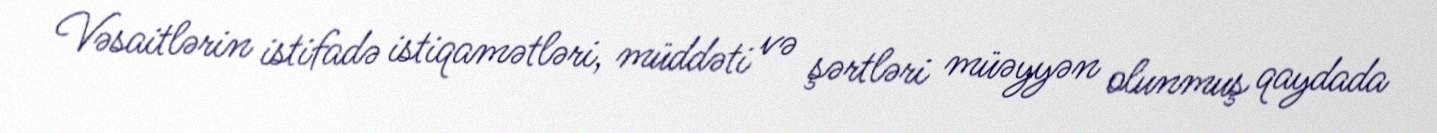
Vəsaitlərin istifadə istiqamətləri, müddəti və şərtləri müəyyən olunmuş qaydada